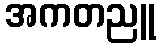
အကတညူ